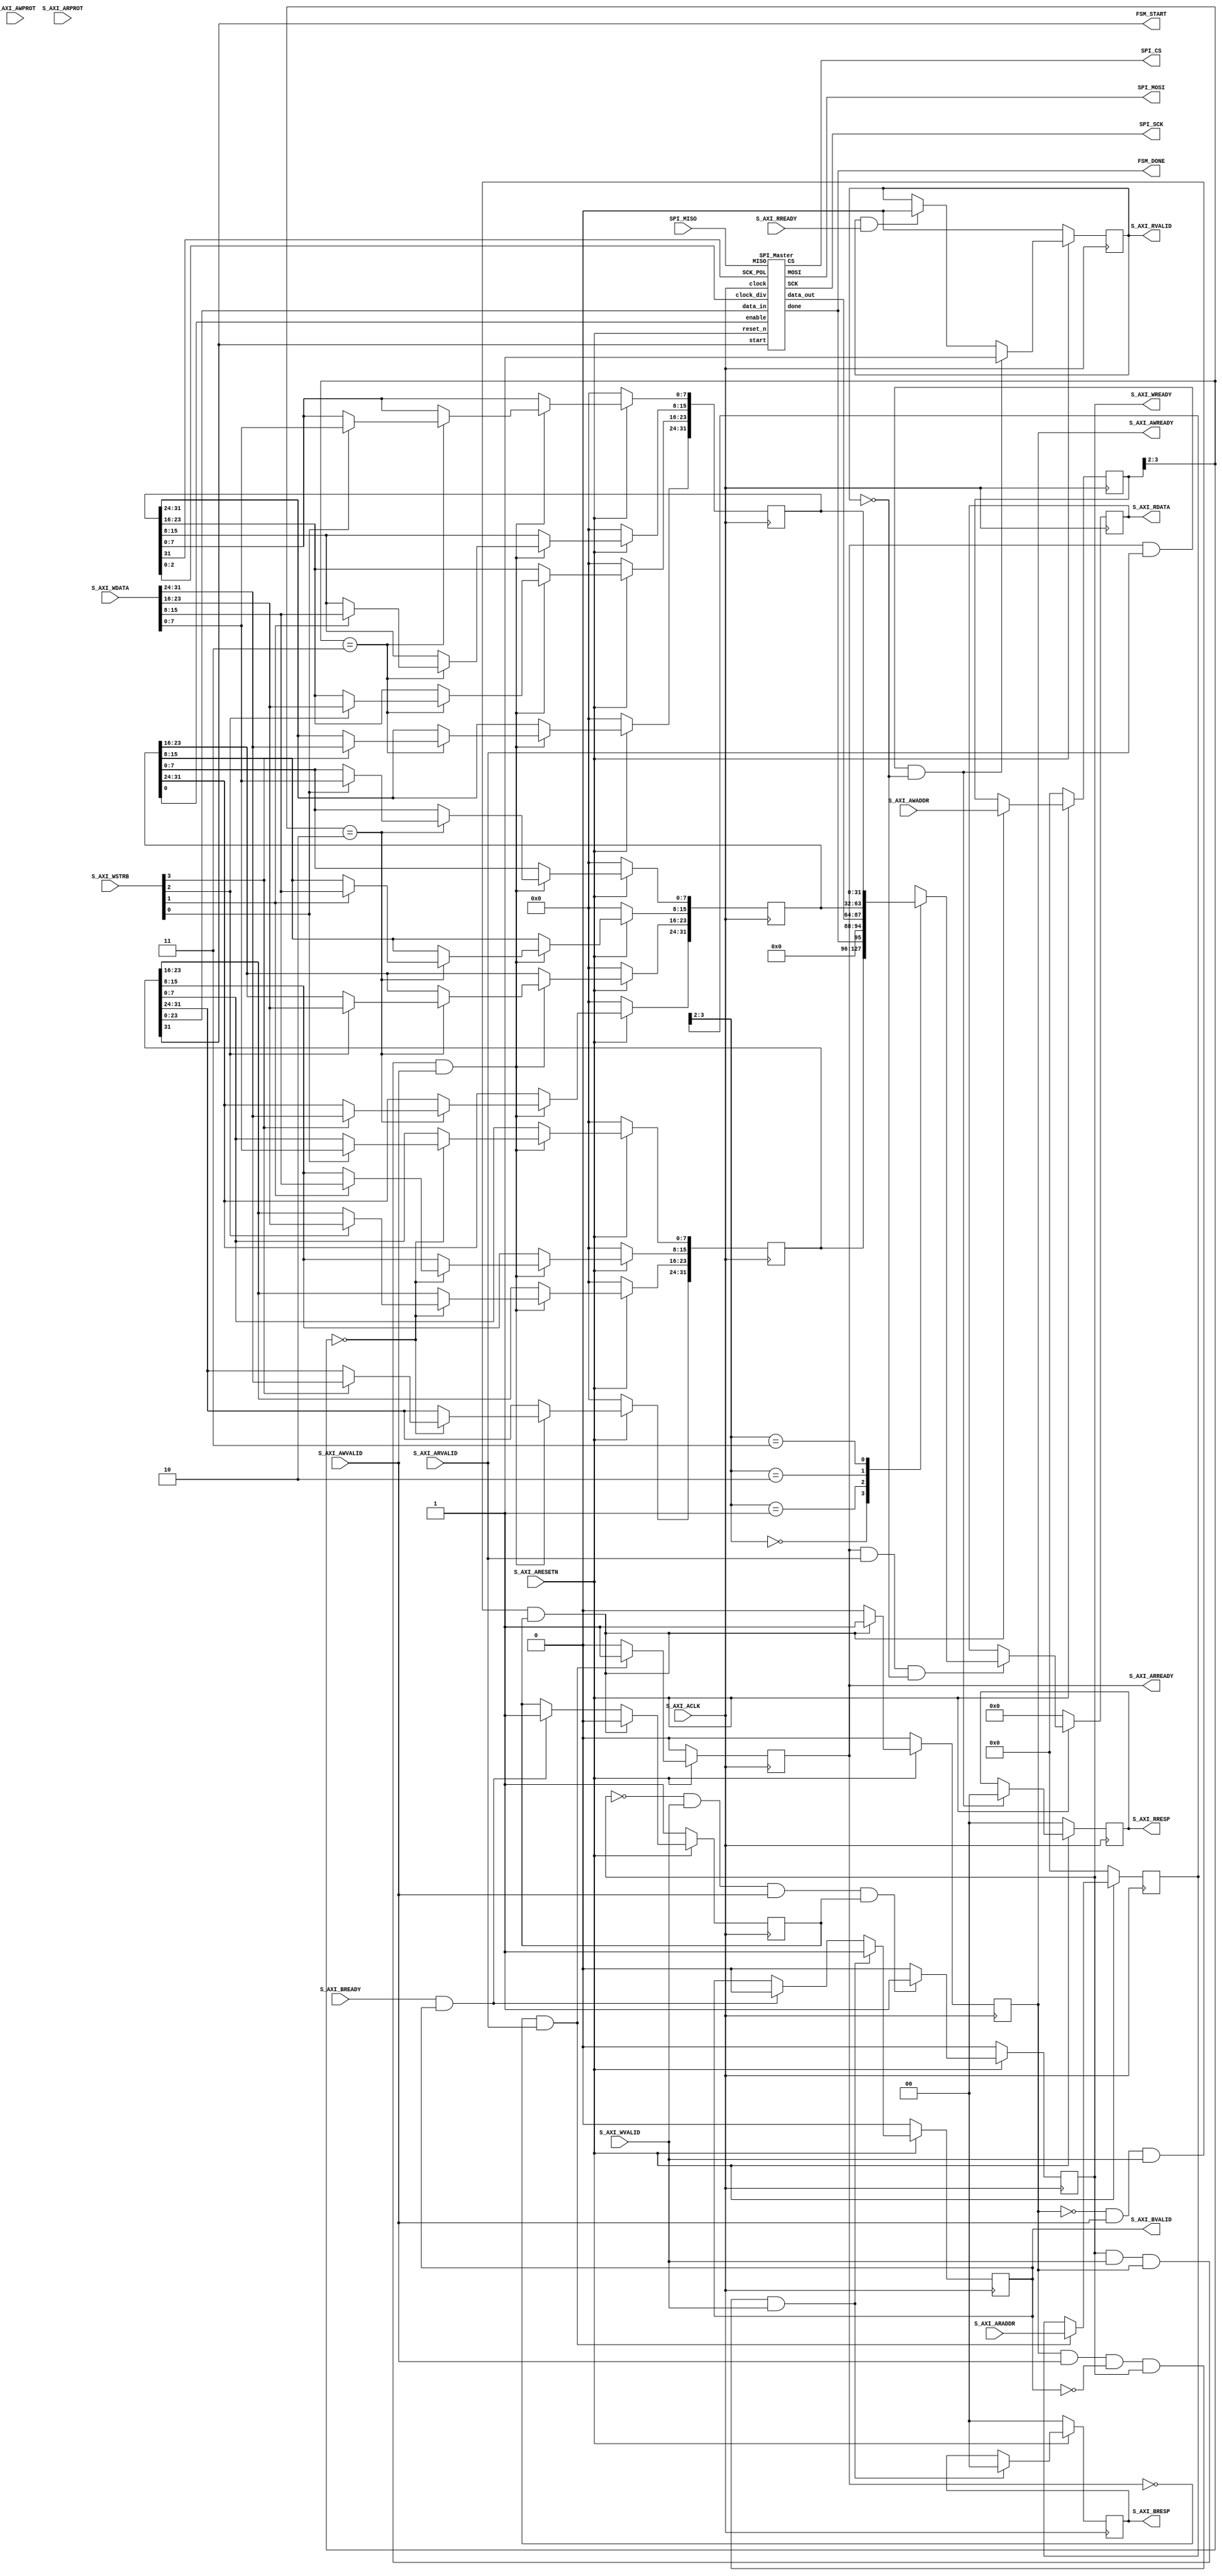

`timescale 1 ns / 1 ps

	module SPI_ip_v1_0_S00_AXI #
	(
		// Users to add parameters here

		// User parameters ends
		// Do not modify the parameters beyond this line

		// Width of S_AXI data bus
		parameter integer C_S_AXI_DATA_WIDTH	= 32,
		// Width of S_AXI address bus
		parameter integer C_S_AXI_ADDR_WIDTH	= 4
	)
	(
		// Users to add ports here
       input wire SPI_MISO,
       output wire SPI_MOSI,
       output wire SPI_SCK,
       output wire SPI_CS,
       output wire FSM_START,
       output wire FSM_DONE,
       
		// User ports ends
		// Do not modify the ports beyond this line

		// Global Clock Signal
		input wire  S_AXI_ACLK,
		// Global Reset Signal. This Signal is Active LOW
		input wire  S_AXI_ARESETN,
		// Write address (issued by master, acceped by Slave)
		input wire [C_S_AXI_ADDR_WIDTH-1 : 0] S_AXI_AWADDR,
		// Write channel Protection type. This signal indicates the
    		// privilege and security level of the transaction, and whether
    		// the transaction is a data access or an instruction access.
		input wire [2 : 0] S_AXI_AWPROT,
		// Write address valid. This signal indicates that the master signaling
    		// valid write address and control information.
		input wire  S_AXI_AWVALID,
		// Write address ready. This signal indicates that the slave is ready
    		// to accept an address and associated control signals.
		output wire  S_AXI_AWREADY,
		// Write data (issued by master, acceped by Slave) 
		input wire [C_S_AXI_DATA_WIDTH-1 : 0] S_AXI_WDATA,
		// Write strobes. This signal indicates which byte lanes hold
    		// valid data. There is one write strobe bit for each eight
    		// bits of the write data bus.    
		input wire [(C_S_AXI_DATA_WIDTH/8)-1 : 0] S_AXI_WSTRB,
		// Write valid. This signal indicates that valid write
    		// data and strobes are available.
		input wire  S_AXI_WVALID,
		// Write ready. This signal indicates that the slave
    		// can accept the write data.
		output wire  S_AXI_WREADY,
		// Write response. This signal indicates the status
    		// of the write transaction.
		output wire [1 : 0] S_AXI_BRESP,
		// Write response valid. This signal indicates that the channel
    		// is signaling a valid write response.
		output wire  S_AXI_BVALID,
		// Response ready. This signal indicates that the master
    		// can accept a write response.
		input wire  S_AXI_BREADY,
		// Read address (issued by master, acceped by Slave)
		input wire [C_S_AXI_ADDR_WIDTH-1 : 0] S_AXI_ARADDR,
		// Protection type. This signal indicates the privilege
    		// and security level of the transaction, and whether the
    		// transaction is a data access or an instruction access.
		input wire [2 : 0] S_AXI_ARPROT,
		// Read address valid. This signal indicates that the channel
    		// is signaling valid read address and control information.
		input wire  S_AXI_ARVALID,
		// Read address ready. This signal indicates that the slave is
    		// ready to accept an address and associated control signals.
		output wire  S_AXI_ARREADY,
		// Read data (issued by slave)
		output wire [C_S_AXI_DATA_WIDTH-1 : 0] S_AXI_RDATA,
		// Read response. This signal indicates the status of the
    		// read transfer.
		output wire [1 : 0] S_AXI_RRESP,
		// Read valid. This signal indicates that the channel is
    		// signaling the required read data.
		output wire  S_AXI_RVALID,
		// Read ready. This signal indicates that the master can
    		// accept the read data and response information.
		input wire  S_AXI_RREADY
	);

    //
    // SPI Master Internal Signals
    // 
    wire SPI_done_int;
    wire [23:0] SPI_data_out_int;
    
	// AXI4LITE signals
	reg [C_S_AXI_ADDR_WIDTH-1 : 0] 	axi_awaddr;
	reg  	axi_awready;
	reg  	axi_wready;
	reg [1 : 0] 	axi_bresp;
	reg  	axi_bvalid;
	reg [C_S_AXI_ADDR_WIDTH-1 : 0] 	axi_araddr;
	reg  	axi_arready;
	reg [C_S_AXI_DATA_WIDTH-1 : 0] 	axi_rdata;
	reg [1 : 0] 	axi_rresp;
	reg  	axi_rvalid;

	// Example-specific design signals
	// local parameter for addressing 32 bit / 64 bit C_S_AXI_DATA_WIDTH
	// ADDR_LSB is used for addressing 32/64 bit registers/memories
	// ADDR_LSB = 2 for 32 bits (n downto 2)
	// ADDR_LSB = 3 for 64 bits (n downto 3)
	localparam integer ADDR_LSB = (C_S_AXI_DATA_WIDTH/32) + 1;
	localparam integer OPT_MEM_ADDR_BITS = 1;
	//----------------------------------------------
	//-- Signals for user logic register space example
	//------------------------------------------------
	//-- Number of Slave Registers 4
	reg [C_S_AXI_DATA_WIDTH-1:0]	slv_reg0;
	reg [C_S_AXI_DATA_WIDTH-1:0]	slv_reg1;
	reg [C_S_AXI_DATA_WIDTH-1:0]	slv_reg2;
	reg [C_S_AXI_DATA_WIDTH-1:0]	slv_reg3;
	wire	 slv_reg_rden;
	wire	 slv_reg_wren;
	reg [C_S_AXI_DATA_WIDTH-1:0]	 reg_data_out;
	integer	 byte_index;
	reg	 aw_en;

	// I/O Connections assignments

	assign S_AXI_AWREADY	= axi_awready;
	assign S_AXI_WREADY	= axi_wready;
	assign S_AXI_BRESP	= axi_bresp;
	assign S_AXI_BVALID	= axi_bvalid;
	assign S_AXI_ARREADY	= axi_arready;
	assign S_AXI_RDATA	= axi_rdata;
	assign S_AXI_RRESP	= axi_rresp;
	assign S_AXI_RVALID	= axi_rvalid;
	// Implement axi_awready generation
	// axi_awready is asserted for one S_AXI_ACLK clock cycle when both
	// S_AXI_AWVALID and S_AXI_WVALID are asserted. axi_awready is
	// de-asserted when reset is low.

	always @( posedge S_AXI_ACLK )
	begin
	  if ( S_AXI_ARESETN == 1'b0 )
	    begin
	      axi_awready <= 1'b0;
	      aw_en <= 1'b1;
	    end 
	  else
	    begin    
	      if (~axi_awready && S_AXI_AWVALID && S_AXI_WVALID && aw_en)
	        begin
	          // slave is ready to accept write address when 
	          // there is a valid write address and write data
	          // on the write address and data bus. This design 
	          // expects no outstanding transactions. 
	          axi_awready <= 1'b1;
	          aw_en <= 1'b0;
	        end
	        else if (S_AXI_BREADY && axi_bvalid)
	            begin
	              aw_en <= 1'b1;
	              axi_awready <= 1'b0;
	            end
	      else           
	        begin
	          axi_awready <= 1'b0;
	        end
	    end 
	end       

	// Implement axi_awaddr latching
	// This process is used to latch the address when both 
	// S_AXI_AWVALID and S_AXI_WVALID are valid. 

	always @( posedge S_AXI_ACLK )
	begin
	  if ( S_AXI_ARESETN == 1'b0 )
	    begin
	      axi_awaddr <= 0;
	    end 
	  else
	    begin    
	      if (~axi_awready && S_AXI_AWVALID && S_AXI_WVALID && aw_en)
	        begin
	          // Write Address latching 
	          axi_awaddr <= S_AXI_AWADDR;
	        end
	    end 
	end       

	// Implement axi_wready generation
	// axi_wready is asserted for one S_AXI_ACLK clock cycle when both
	// S_AXI_AWVALID and S_AXI_WVALID are asserted. axi_wready is 
	// de-asserted when reset is low. 

	always @( posedge S_AXI_ACLK )
	begin
	  if ( S_AXI_ARESETN == 1'b0 )
	    begin
	      axi_wready <= 1'b0;
	    end 
	  else
	    begin    
	      if (~axi_wready && S_AXI_WVALID && S_AXI_AWVALID && aw_en )
	        begin
	          // slave is ready to accept write data when 
	          // there is a valid write address and write data
	          // on the write address and data bus. This design 
	          // expects no outstanding transactions. 
	          axi_wready <= 1'b1;
	        end
	      else
	        begin
	          axi_wready <= 1'b0;
	        end
	    end 
	end       

	// Implement memory mapped register select and write logic generation
	// The write data is accepted and written to memory mapped registers when
	// axi_awready, S_AXI_WVALID, axi_wready and S_AXI_WVALID are asserted. Write strobes are used to
	// select byte enables of slave registers while writing.
	// These registers are cleared when reset (active low) is applied.
	// Slave register write enable is asserted when valid address and data are available
	// and the slave is ready to accept the write address and write data.
	assign slv_reg_wren = axi_wready && S_AXI_WVALID && axi_awready && S_AXI_AWVALID;

	always @( posedge S_AXI_ACLK )
	begin
	  if ( S_AXI_ARESETN == 1'b0 )
	    begin
	      slv_reg0 <= 0;
	      slv_reg1 <= 0;
	      slv_reg2 <= 0;
	      slv_reg3 <= 0;
	    end 
	  else begin
	    if (slv_reg_wren)
	      begin
	        case ( axi_awaddr[ADDR_LSB+OPT_MEM_ADDR_BITS:ADDR_LSB] )
	          2'h0:
	            for ( byte_index = 0; byte_index <= (C_S_AXI_DATA_WIDTH/8)-1; byte_index = byte_index+1 )
	              if ( S_AXI_WSTRB[byte_index] == 1 ) begin
	                // Respective byte enables are asserted as per write strobes 
	                // Slave register 0
	                slv_reg0[(byte_index*8) +: 8] <= S_AXI_WDATA[(byte_index*8) +: 8];
	              end  
	          2'h1:
	            for ( byte_index = 0; byte_index <= (C_S_AXI_DATA_WIDTH/8)-1; byte_index = byte_index+1 )
	              if ( S_AXI_WSTRB[byte_index] == 1 ) begin
	                // Respective byte enables are asserted as per write strobes 
	                // Slave register 1
	                slv_reg1[(byte_index*8) +: 8] <= S_AXI_WDATA[(byte_index*8) +: 8];
	              end  
	          2'h2:
	            for ( byte_index = 0; byte_index <= (C_S_AXI_DATA_WIDTH/8)-1; byte_index = byte_index+1 )
	              if ( S_AXI_WSTRB[byte_index] == 1 ) begin
	                // Respective byte enables are asserted as per write strobes 
	                // Slave register 2
	                slv_reg2[(byte_index*8) +: 8] <= S_AXI_WDATA[(byte_index*8) +: 8];
	              end  
	          2'h3:
	            for ( byte_index = 0; byte_index <= (C_S_AXI_DATA_WIDTH/8)-1; byte_index = byte_index+1 )
	              if ( S_AXI_WSTRB[byte_index] == 1 ) begin
	                // Respective byte enables are asserted as per write strobes 
	                // Slave register 3
	                slv_reg3[(byte_index*8) +: 8] <= S_AXI_WDATA[(byte_index*8) +: 8];
	              end  
	          default : begin
	                      slv_reg0 <= slv_reg0;
	                      slv_reg1 <= slv_reg1;
	                      slv_reg2 <= slv_reg2;
	                      slv_reg3 <= slv_reg3;
	                    end
	        endcase
	      end
	  end
	end    

	// Implement write response logic generation
	// The write response and response valid signals are asserted by the slave 
	// when axi_wready, S_AXI_WVALID, axi_wready and S_AXI_WVALID are asserted.  
	// This marks the acceptance of address and indicates the status of 
	// write transaction.

	always @( posedge S_AXI_ACLK )
	begin
	  if ( S_AXI_ARESETN == 1'b0 )
	    begin
	      axi_bvalid  <= 0;
	      axi_bresp   <= 2'b0;
	    end 
	  else
	    begin    
	      if (axi_awready && S_AXI_AWVALID && ~axi_bvalid && axi_wready && S_AXI_WVALID)
	        begin
	          // indicates a valid write response is available
	          axi_bvalid <= 1'b1;
	          axi_bresp  <= 2'b0; // 'OKAY' response 
	        end                   // work error responses in future
	      else
	        begin
	          if (S_AXI_BREADY && axi_bvalid) 
	            //check if bready is asserted while bvalid is high) 
	            //(there is a possibility that bready is always asserted high)   
	            begin
	              axi_bvalid <= 1'b0; 
	            end  
	        end
	    end
	end   

	// Implement axi_arready generation
	// axi_arready is asserted for one S_AXI_ACLK clock cycle when
	// S_AXI_ARVALID is asserted. axi_awready is 
	// de-asserted when reset (active low) is asserted. 
	// The read address is also latched when S_AXI_ARVALID is 
	// asserted. axi_araddr is reset to zero on reset assertion.

	always @( posedge S_AXI_ACLK )
	begin
	  if ( S_AXI_ARESETN == 1'b0 )
	    begin
	      axi_arready <= 1'b0;
	      axi_araddr  <= 32'b0;
	    end 
	  else
	    begin    
	      if (~axi_arready && S_AXI_ARVALID)
	        begin
	          // indicates that the slave has acceped the valid read address
	          axi_arready <= 1'b1;
	          // Read address latching
	          axi_araddr  <= S_AXI_ARADDR;
	        end
	      else
	        begin
	          axi_arready <= 1'b0;
	        end
	    end 
	end       

	// Implement axi_arvalid generation
	// axi_rvalid is asserted for one S_AXI_ACLK clock cycle when both 
	// S_AXI_ARVALID and axi_arready are asserted. The slave registers 
	// data are available on the axi_rdata bus at this instance. The 
	// assertion of axi_rvalid marks the validity of read data on the 
	// bus and axi_rresp indicates the status of read transaction.axi_rvalid 
	// is deasserted on reset (active low). axi_rresp and axi_rdata are 
	// cleared to zero on reset (active low).  
	always @( posedge S_AXI_ACLK )
	begin
	  if ( S_AXI_ARESETN == 1'b0 )
	    begin
	      axi_rvalid <= 0;
	      axi_rresp  <= 0;
	    end 
	  else
	    begin    
	      if (axi_arready && S_AXI_ARVALID && ~axi_rvalid)
	        begin
	          // Valid read data is available at the read data bus
	          axi_rvalid <= 1'b1;
	          axi_rresp  <= 2'b0; // 'OKAY' response
	        end   
	      else if (axi_rvalid && S_AXI_RREADY)
	        begin
	          // Read data is accepted by the master
	          axi_rvalid <= 1'b0;
	        end                
	    end
	end    

	// Implement memory mapped register select and read logic generation
	// Slave register read enable is asserted when valid address is available
	// and the slave is ready to accept the read address.
	assign slv_reg_rden = axi_arready & S_AXI_ARVALID & ~axi_rvalid;
	always @(*)
	begin
	      // Address decoding for reading registers
	      case ( axi_araddr[ADDR_LSB+OPT_MEM_ADDR_BITS:ADDR_LSB] )
	        2'h0   : reg_data_out <= slv_reg0;
	        2'h1   : reg_data_out <= {SPI_done_int, 7'b0000000, SPI_data_out_int};
	        2'h2   : reg_data_out <= slv_reg2;
	        2'h3   : reg_data_out <= slv_reg3;
	        default : reg_data_out <= 0;
	      endcase
	end

	// Output register or memory read data
	always @( posedge S_AXI_ACLK )
	begin
	  if ( S_AXI_ARESETN == 1'b0 )
	    begin
	      axi_rdata  <= 0;
	    end 
	  else
	    begin    
	      // When there is a valid read address (S_AXI_ARVALID) with 
	      // acceptance of read address by the slave (axi_arready), 
	      // output the read dada 
	      if (slv_reg_rden)
	        begin
	          axi_rdata <= reg_data_out;     // register read data
	        end   
	    end
	end    

	// Add user logic here
    SPI_Master user_SPI_Block(
      .clock(S_AXI_ACLK), 
      .clock_div(slv_reg3[2:0]),
      .reset_n(S_AXI_ARESETN),
      .enable(slv_reg2[0]),
      .start(slv_reg0[31]),
      .done(SPI_done_int),
      .data_in(slv_reg0[23:0]),
      .data_out(SPI_data_out_int),
      .SCK_POL(slv_reg3[31]),
      .SCK(SPI_SCK),
      .CS(SPI_CS),
      .MOSI(SPI_MOSI),
      .MISO(SPI_MISO)
    );
    
    assign FSM_START = slv_reg0[31];
    assign FSM_DONE = SPI_done_int;
	// User logic ends

	endmodule
	
// -----------------------------------------------------------
// Module: SPI_Master
// -----------------------------------------------------------
// Description:
//   GYRO project hardware SPI interface used for testing.
//
//
// -----------------------------------------------------------
//
// Notes: 
//   -  fixed the FSM to include an extra state for the
//      correct decoupling of the load and shift signals.
//    resulting in a cleaner ShiftRegister operation.
//
// -----------------------------------------------------------
    
// -----------------------------------------------------------
    module mux_8_to_1(
      output mux_out,
      input [2:0] sel,
      input [7:0] mux_in
    );
    
      assign mux_out = mux_in[sel];
    
    endmodule
    
    // -----------------------------------------------------------
    module dff(
      input clk,
      input rst_n,
      input D,
      output reg Q
    );
     
    always @ (posedge(clk) or negedge(rst_n))
      begin
        if (rst_n == 1'b0)
          Q <= 1'b0;
        else
          Q <= D;
      end
     
    endmodule
    
    // -----------------------------------------------------------
    module clock_divider(
        input clk_in,
        input rst_n,
        input [2:0] div,
        output clk_out
      );
    
      wire [7:0] Q_int;
    
      dff ff0(.clk(clk_in),  .rst_n(rst_n),.D(~Q_int[0]),.Q(Q_int[0]));
      dff ff1(.clk(Q_int[0]),.rst_n(rst_n),.D(~Q_int[1]),.Q(Q_int[1]));
      dff ff2(.clk(Q_int[1]),.rst_n(rst_n),.D(~Q_int[2]),.Q(Q_int[2]));
      dff ff3(.clk(Q_int[2]),.rst_n(rst_n),.D(~Q_int[3]),.Q(Q_int[3]));
      dff ff4(.clk(Q_int[3]),.rst_n(rst_n),.D(~Q_int[4]),.Q(Q_int[4]));
      dff ff5(.clk(Q_int[4]),.rst_n(rst_n),.D(~Q_int[5]),.Q(Q_int[5]));
      dff ff6(.clk(Q_int[5]),.rst_n(rst_n),.D(~Q_int[6]),.Q(Q_int[6]));
      dff ff7(.clk(Q_int[6]),.rst_n(rst_n),.D(~Q_int[7]),.Q(Q_int[7]));
    
      mux_8_to_1 s0(
        .mux_out(clk_out),
        .sel(div),
        .mux_in(Q_int)
      );
    
    endmodule
    
    // -----------------------------------------------------------
    module downCounter6Bits (
      input wire clock, reset_n,
      input wire load,
      input wire [5:0] data_in,
      output wire [5:0] count
    );
     
      reg  [5:0] r_reg;
      wire [5:0] r_next;
     
      always @(posedge(clock) , negedge(reset_n) , posedge(load))
        begin
          if (reset_n == 1'b0)
            r_reg <= 6'b000000;
          else
        if(load == 1'b1)
          r_reg <= data_in;
        else
            if(r_reg == 6'b000000)
              r_reg <= 6'b000000;
            else
              r_reg <= r_next;
        end    
    
      assign count  = r_reg;
      assign r_next = r_reg-1;
    
    endmodule
    
    // -----------------------------------------------------------
    module downCounter5Bits (
      input wire clock, reset_n,
      input wire load,
      input wire [4:0] data_in,
      output wire [4:0] count
    );
     
      reg  [4:0] r_reg;
      wire [4:0] r_next;
     
      always @(posedge(clock) , negedge(reset_n) , posedge(load))
        begin
          if (reset_n == 1'b0)
            r_reg <= 5'b00000;
          else
        if(load == 1'b1)
          r_reg <= data_in;
        else
              if(r_reg == 5'b00000)
                r_reg <= 5'b00000;
              else
                r_reg <= r_next;
        end    
    
      assign count  = r_reg;
      assign r_next = r_reg-1;
    
    endmodule
    
    // ------------------------------------------
    module leftShiftRegister25bits (
      input  clock,
      input  reset_n,
      input  load,
      input  [24:0] d_in,
      input  s_in,
      output s_out,
      output [24:0] d_out
    );
     
      reg  [24:0] r_reg;
      wire [24:0] r_next;
    
     always @(posedge(clock) , negedge(reset_n) , posedge(load))
        begin
          if (reset_n == 1'b0)
              r_reg <= 25'b0000000000000000000000000;
          else
            if(load == 1'b1)
            r_reg <= d_in;
            else
             r_reg <= r_next;
        end    
     
        assign r_next = {r_reg[23:0], s_in};
        assign s_out  = r_reg[24];
        assign d_out  = r_reg;
     
    endmodule
    
    
    // -----------------------------------------------------------
    module SPI_fsm (
      input clock, reset_n,
      input start,
      input [4:0] count,
      output reg SCK,
      output reg CS,
      output reg load,
      output reg shift,
      output reg done
    );
     
      parameter
        S0 = 3'b000,
        S1 = 3'b001,
        S2 = 3'b010,
        S3 = 3'b011,
        S4 = 3'b100,
        S5 = 3'b101,
        S6 = 3'b110,
        S7 = 3'b111;
    
      reg  [2:0] state;
      reg  [2:0] next_state;
    
    //----------Seq Logic-----------------------------
     always @(posedge(clock))
     begin
        if (reset_n == 1'b0)
         begin
          state <=  S0;
          end 
        else begin
          state <= next_state;
        end
     end
    
    // Combinatorial Logic----------------------------- 
      always @(state or start or count)
        begin
          next_state = S0;
          case(state)
            S0: 
              begin
            load         = 1'b0;
                shift    = 1'b0;
            CS           = 1'b1;
            SCK          = 1'b0;
            done         = 1'b0;
                if(start == 1'b1)  
                  begin
                    next_state = S1;
                  end
                else
              begin
                  next_state = S0;
              end
              end
            S1: 
          begin
            load      = 1'b1;
            shift      = 1'b0;
            CS           = 1'b1;
            SCK          = 1'b0;
            done      = 1'b0;
                next_state = S2; 
              end
        S2:
          begin
            load      = 1'b0;
            shift      = 1'b0;
            CS           = 1'b0;
            SCK          = 1'b0;
            done      = 1'b0;
            next_state = S3;
          end
            S3: 
          begin
            load     = 1'b0;
            shift      = 1'b1;
            CS           = 1'b0;
            SCK          = 1'b0;
            done      = 1'b0;
            if(count == 5'b00000)
              begin
                    next_state = S5; 
              end
            else
              begin
                next_state = S4; 
              end
              end
            S4: 
          begin
            load      = 1'b0;
            shift      = 1'b0;
            CS           = 1'b0;
            SCK          = 1'b1;
            done      = 1'b0;
            next_state = S3; 
         end
        S5:
          begin
            load      = 1'b0;
            shift      = 1'b0;
            CS           = 1'b1;
            SCK          = 1'b0;
            done      = 1'b1;
                if(start == 1'b1)  
                  begin
                    next_state = S5;
                  end
                else
              begin
                  next_state = S0;
              end
          end
        default:
          begin
            load      = 1'b0;
            shift      = 1'b0;
            done      = 1'b0;
            CS           = 1'b1;
            SCK          = 1'b0;
            next_state   = S0;
          end     
           endcase
      end
    
    endmodule
    
    // ------------------------------------------
module SPI_Master(
      input clock, 
      input [2:0] clock_div,
      input reset_n,
      input enable, // active high.
      input start,
      output done,
      input [23:0] data_in,
      output [23:0] data_out,
      input  SCK_POL,
      output SCK,
      output CS,
      output MOSI,
      input MISO
    );
    
    // ------------------------------------------
    
      wire [4:0] count;
      wire [24:0] data_in_int;
      wire [24:0] data_out_int;
      wire load;
      wire shift;
      wire MOSI_int;
      wire SCK_int;
      wire CS_int;
      wire done_int;
    
      wire clock_int;
    
    // ------------------------------------------
    
    clock_divider CLOCKDIV(
        .clk_in(clock),
        .rst_n(reset_n),
        .div(clock_div),
        .clk_out(clock_int)
      );
    
    leftShiftRegister25bits  SR25Bits  (
      .clock(shift), 
      .reset_n(reset_n),
      .load(load),
      .d_in(data_in_int), 
      .d_out(data_out_int),
      .s_in(MISO),
      .s_out(MOSI_int)
    );
    
    downCounter5Bits DWCNTR (
      .clock(SCK_int), 
      .reset_n(reset_n),
      .load(load),
      .data_in(5'b11000), 
      .count(count)
    );
    
    SPI_fsm FSM (
      .clock(clock_int), 
      .reset_n(reset_n),
      .start(start),
      .done(done_int),
      .count(count),
      .SCK(SCK_int),
      .CS(CS_int),
      .load(load),
      .shift(shift)
    );
    
     assign MOSI = ((MOSI_int & (~CS)) & enable);
     assign data_in_int = { 1'b0, data_in };
     assign data_out = data_out_int[23:0];
     assign SCK = ((SCK_POL ^ SCK_int) & enable);
     assign CS = (CS_int & enable);
     assign done = done_int;
    
endmodule